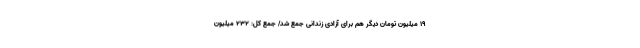
19 میلیون تومان دیگر هم برای آزادی زندانی جمع شد/ جمع کل: 232 میلیون